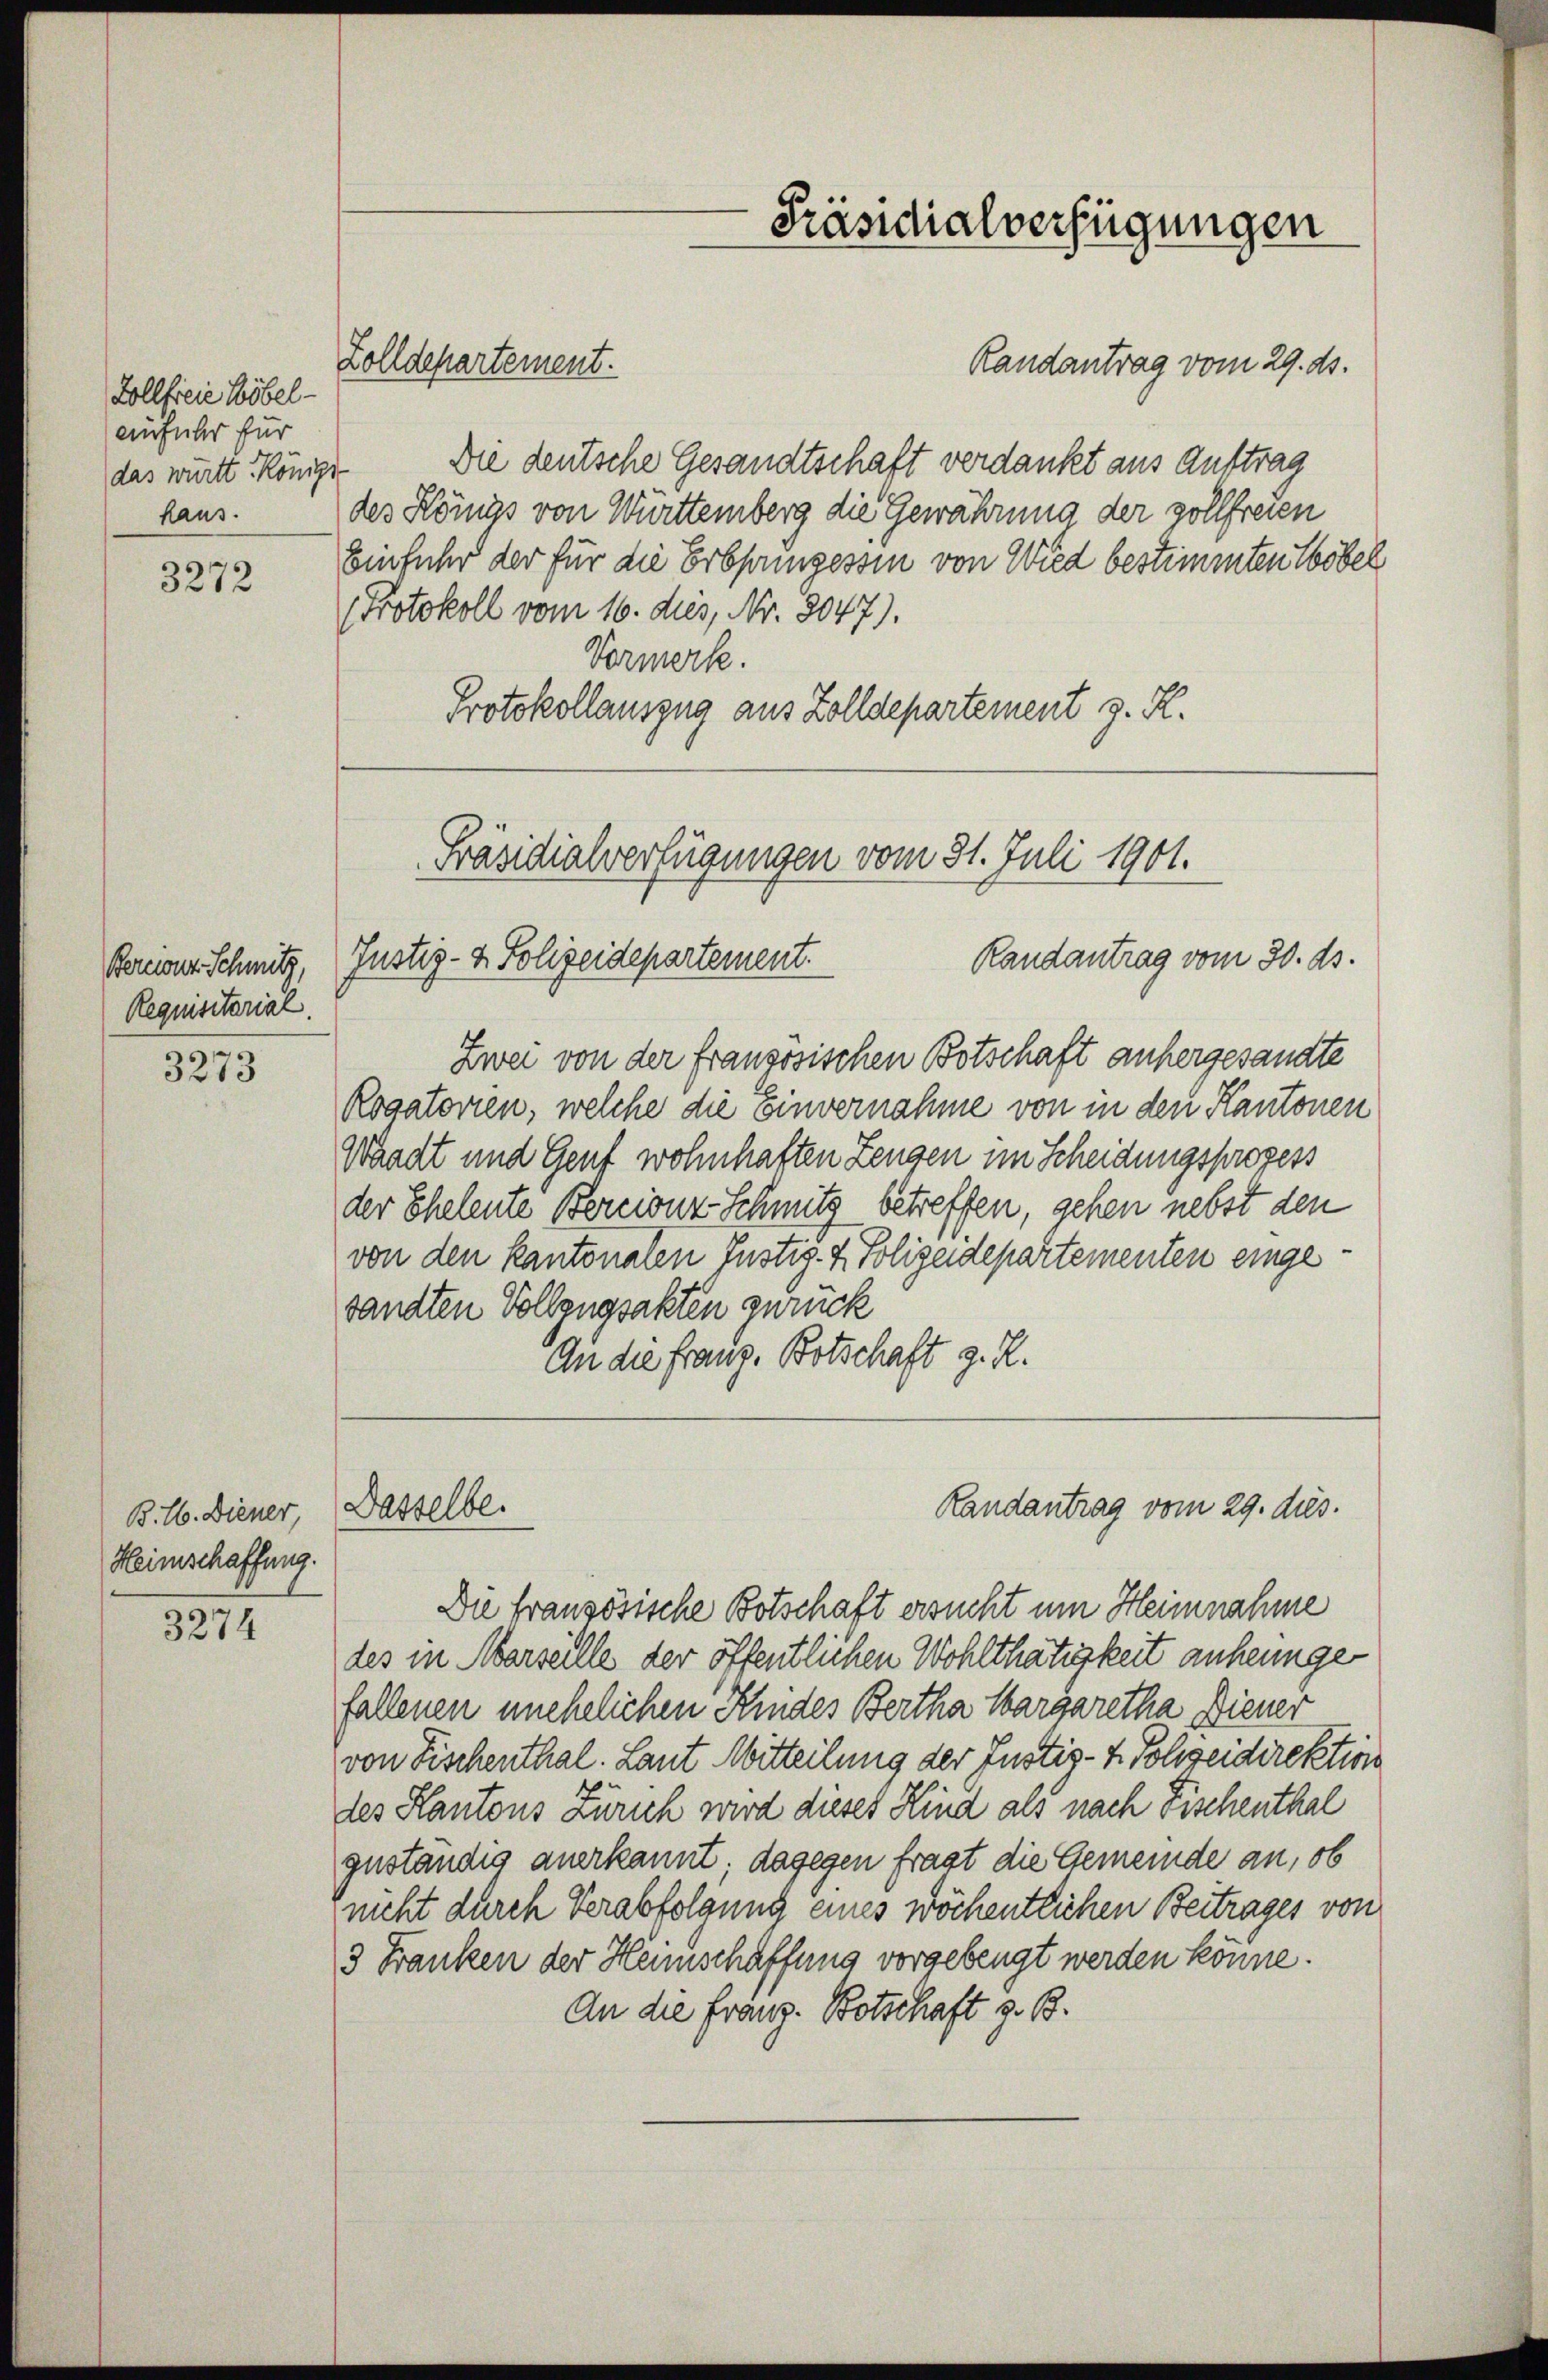
Zollfreie Höbel-
einführ für
das württ. Königi
haus.

3272

Requisitarial.

3273

Heimschaffung.

3274

Zolldepartement.
Randantrag vom 29. ds.
Die deutsche Gesandtschaft verdankt aus Auftrag
des Königs von Württemberg die Gewährung der vollfreien
Einfuhr der für die Erbsingessin von Wied bestimmten Töbel
Protokoll vom 16. dies, Nr. 8047).
Vormerk.
Protokollauszug aus Zolldepartement z. K.

Präsidialverfügungen vom 31. Juli 1901.
Randantrag vom 30. ds.
Bereiner Schmitz, (Justiz- & Polizeidepartement.

B. 16. Diener Dasselbe.

Präsidialverfügungen

Randantrag vom 29. dies.

Zwei von der französischen Botschaft anhergesandte
Rogatorien, welche die Einvernahme von in den Kantonen
Waadt und Genf wohnhaften Zeugen im Scheidungsprozess
der Eheleute Bercionz-Schmitz betreffen, gehen nebst den
von den kantonalen Instig- & Polizeidepartementen eingesandten Vollzugsakten zurück
An die Franz. Botschaft z. R.

Die französische Botschaft ersucht um Heimnahme
des in Marseille der öffentlichen Wohlthätigkeit anheunge
fallenen unehelichen Kindes Bertha Margaretha Diener
von Fischenthal. Laut Mitteilung der Justiz- & Polizeidirektion
des Kantons Zürich wird dieses Kind als nach Fischenthal
guständig anerkannt; dagegen fragt die Gemeinde an, ob
nicht durch Verabfolgung eines wöchentlichen Beitrages von
3 Franken der Heimschaffung vorgebeugt werden könne.
An die Franz. Botschaft z. B.